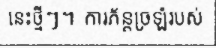
នេះថ្មីៗ។ ការភ័ន្តច្រឡំរបស់